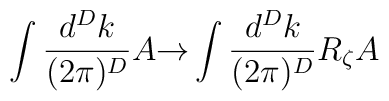
\int \frac{d^Dk}{(2\pi)^D} A {\rightarrow} \int \frac{d^Dk}{(2\pi)^D} R_\zeta A